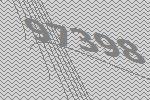
97398